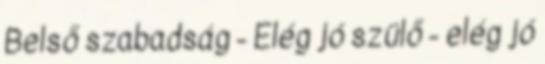
Belső szabadság - Elég jó szülő - elég jó